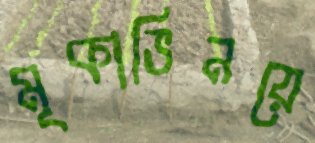
মূকাভিনয়ে